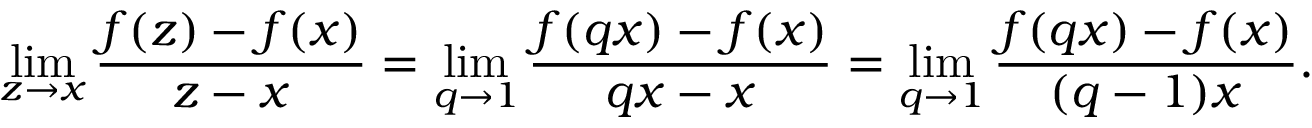
\operatorname* { l i m } _ { z \to x } { \frac { f ( z ) - f ( x ) } { z - x } } = \operatorname* { l i m } _ { q \to 1 } { \frac { f ( q x ) - f ( x ) } { q x - x } } = \operatorname* { l i m } _ { q \to 1 } { \frac { f ( q x ) - f ( x ) } { ( q - 1 ) x } } .